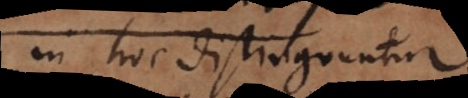
in hoc distinguuntur